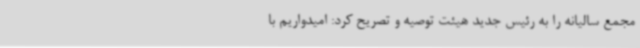
مجمع سالیانه را به رئیس جدید هیئت توصیه و تصریح کرد: امیدواریم با